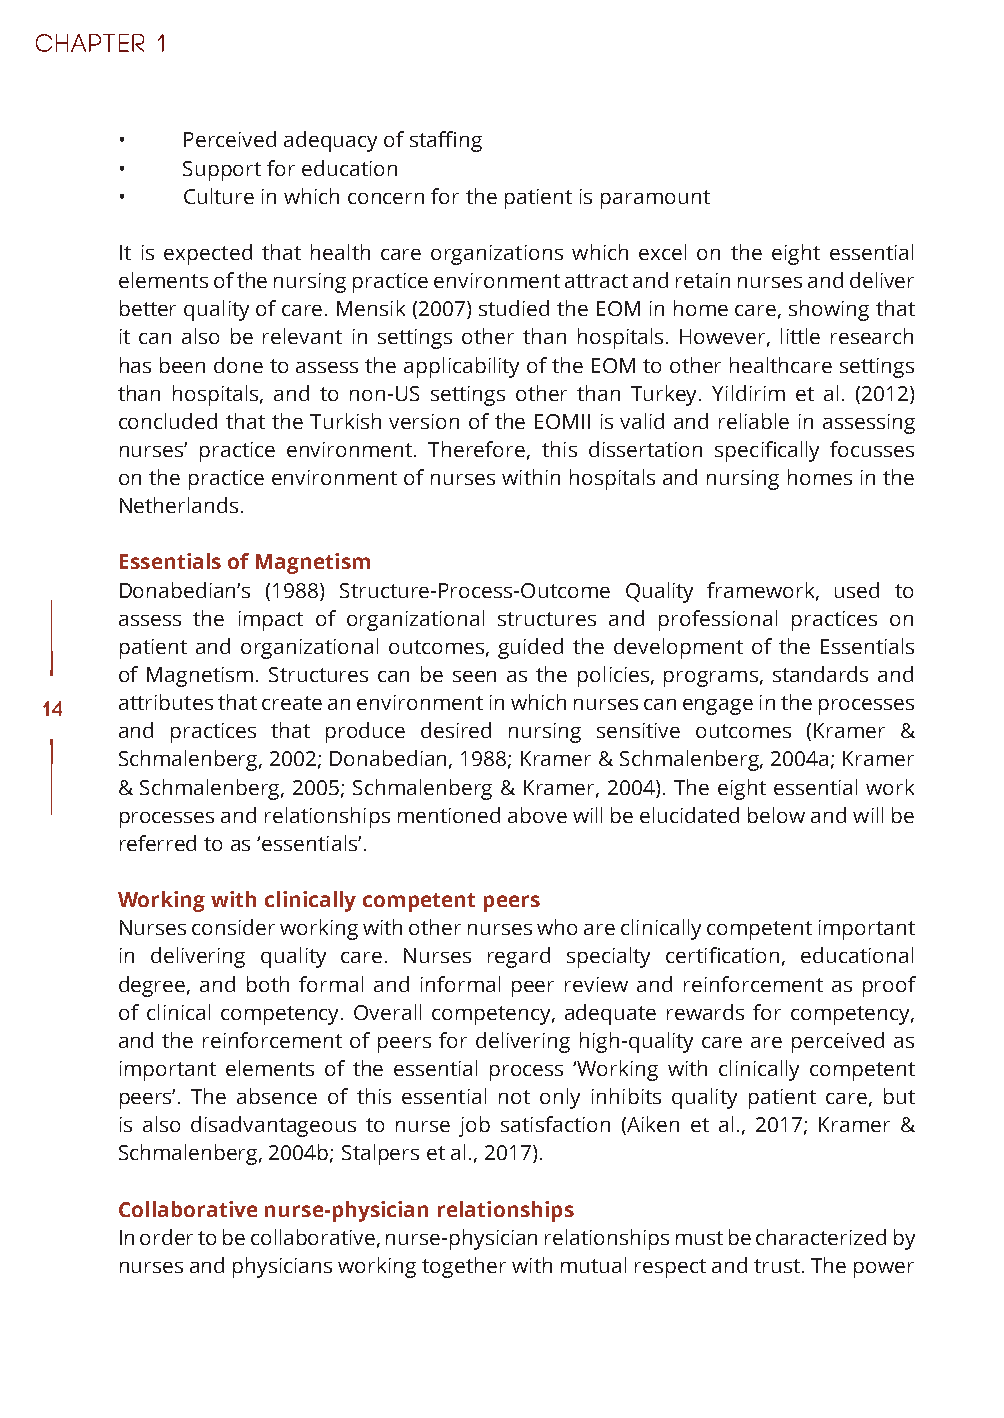
•   Perceived adequacy of staffing
 •   Support for education
 •   Culture in which concern for the patient is paramount
 It is expected that health care organizations which excel on the eight essential
 elements of the nursing practice environment attract and retain nurses and deliver
 better quality of care. Mensik (2007) studied the EOM in home care, showing that
 it can also be relevant in settings other than hospitals. However, little research
 has been done to assess the applicability of the EOM to other healthcare settings
 than hospitals, and to non-US settings other than Turkey. Yildirim et al. (2012)
 concluded that the Turkish version of the EOMII is valid and reliable in assessing
 nurses’ practice environment. Therefore, this dissertation specifically focusses
 on the practice environment of nurses within hospitals and nursing homes in the
 Netherlands.
 Essentials of Magnetism
 Donabedian’s (1988) Structure-Process-Outcome Quality framework, used to
 assess the impact of organizational structures and professional practices on
 patient and organizational outcomes, guided the development of the Essentials
 of Magnetism. Structures can be seen as the policies, programs, standards and
 14   attributes that create an environment in which nurses can engage in the processes
 and practices that produce desired nursing sensitive outcomes (Kramer &
 Schmalenberg, 2002; Donabedian, 1988; Kramer & Schmalenberg, 2004a; Kramer
 & Schmalenberg, 2005; Schmalenberg & Kramer, 2004). The eight essential work
 processes and relationships mentioned above will be elucidated below and will be
 referred to as ‘essentials’.
 Working with clinically competent peers
 Nurses consider working with other nurses who are clinically competent important
 in delivering quality care. Nurses regard specialty certification, educational
 degree, and both formal and informal peer review and reinforcement as proof
 of clinical competency. Overall competency, adequate rewards for competency,
 and the reinforcement of peers for delivering high-quality care are perceived as
 important elements of the essential process ‘Working with clinically competent
 peers’. The absence of this essential not only inhibits quality patient care, but
 is also disadvantageous to nurse job satisfaction (Aiken et al., 2017; Kramer &
 Schmalenberg, 2004b; Stalpers et al., 2017).
 Collaborative nurse-physician relationships
 In order to be collaborative, nurse-physician relationships must be characterized by
 nurses and physicians working together with mutual respect and trust. The power